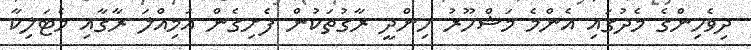
ދިވެހިންގެ މެދުގައި އެންމެ މަޝްހޫރު ހިންދީ ރާގުތަކުން ފެށިގެން އަމިއްލަ ރާގާއި މެޓަލިކާ